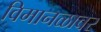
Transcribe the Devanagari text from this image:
विमानळावर